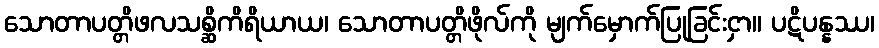
သောတာပတ္တိဖလသစ္ဆိကိရိယာယ၊ သောတာပတ္တိဖိုလ်ကို မျက်မှောက်ပြုခြင်းငှာ။ ပဋိပန္နဿ၊